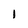
Character: I